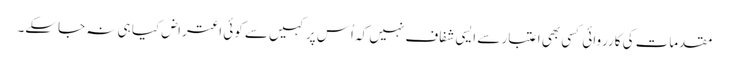
مقدمات کی کارروائی کسی بھی اعتبار سے ایسی شفاف نہیں کہ اُس پر کہیں سے کوئی اعتراض کیا ہی نہ جاسکے۔